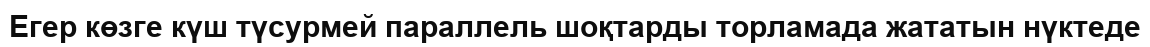
Егер көзге күш түсурмей параллель шоқтарды торламада жататын нүктеде